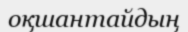
оқшантайдың